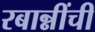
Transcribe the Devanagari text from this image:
रबान्नींची